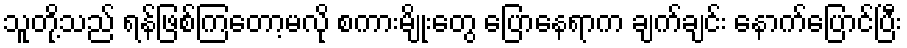
သူတို့သည် ရန်ဖြစ်ကြတော့မလို စကားမျိုးတွေ ပြောနေရာက ချက်ချင်း နောက်ပြောင်ပြီး